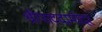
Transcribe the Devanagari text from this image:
श्रीपाददामोदर